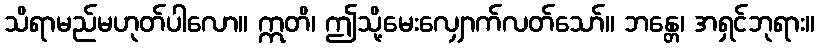
သိရာမည်မဟုတ်ပါလော။ ဣတိ၊ ဤသို့မေးလျှောက်လတ်သော်။ ဘန္တေ၊ အရှင်ဘုရား။